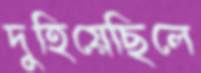
দুহিয়েছিলে